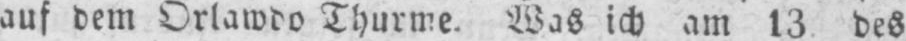
des